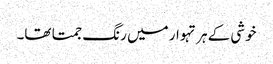
خوشی کے ہر تہوار میں رنگ جمتا تھا۔